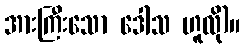
အားကြီးသော ဒေါသ ဟူလို)။